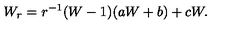
W _ { r } = r ^ { - 1 } ( W - 1 ) ( a W + b ) + c W .